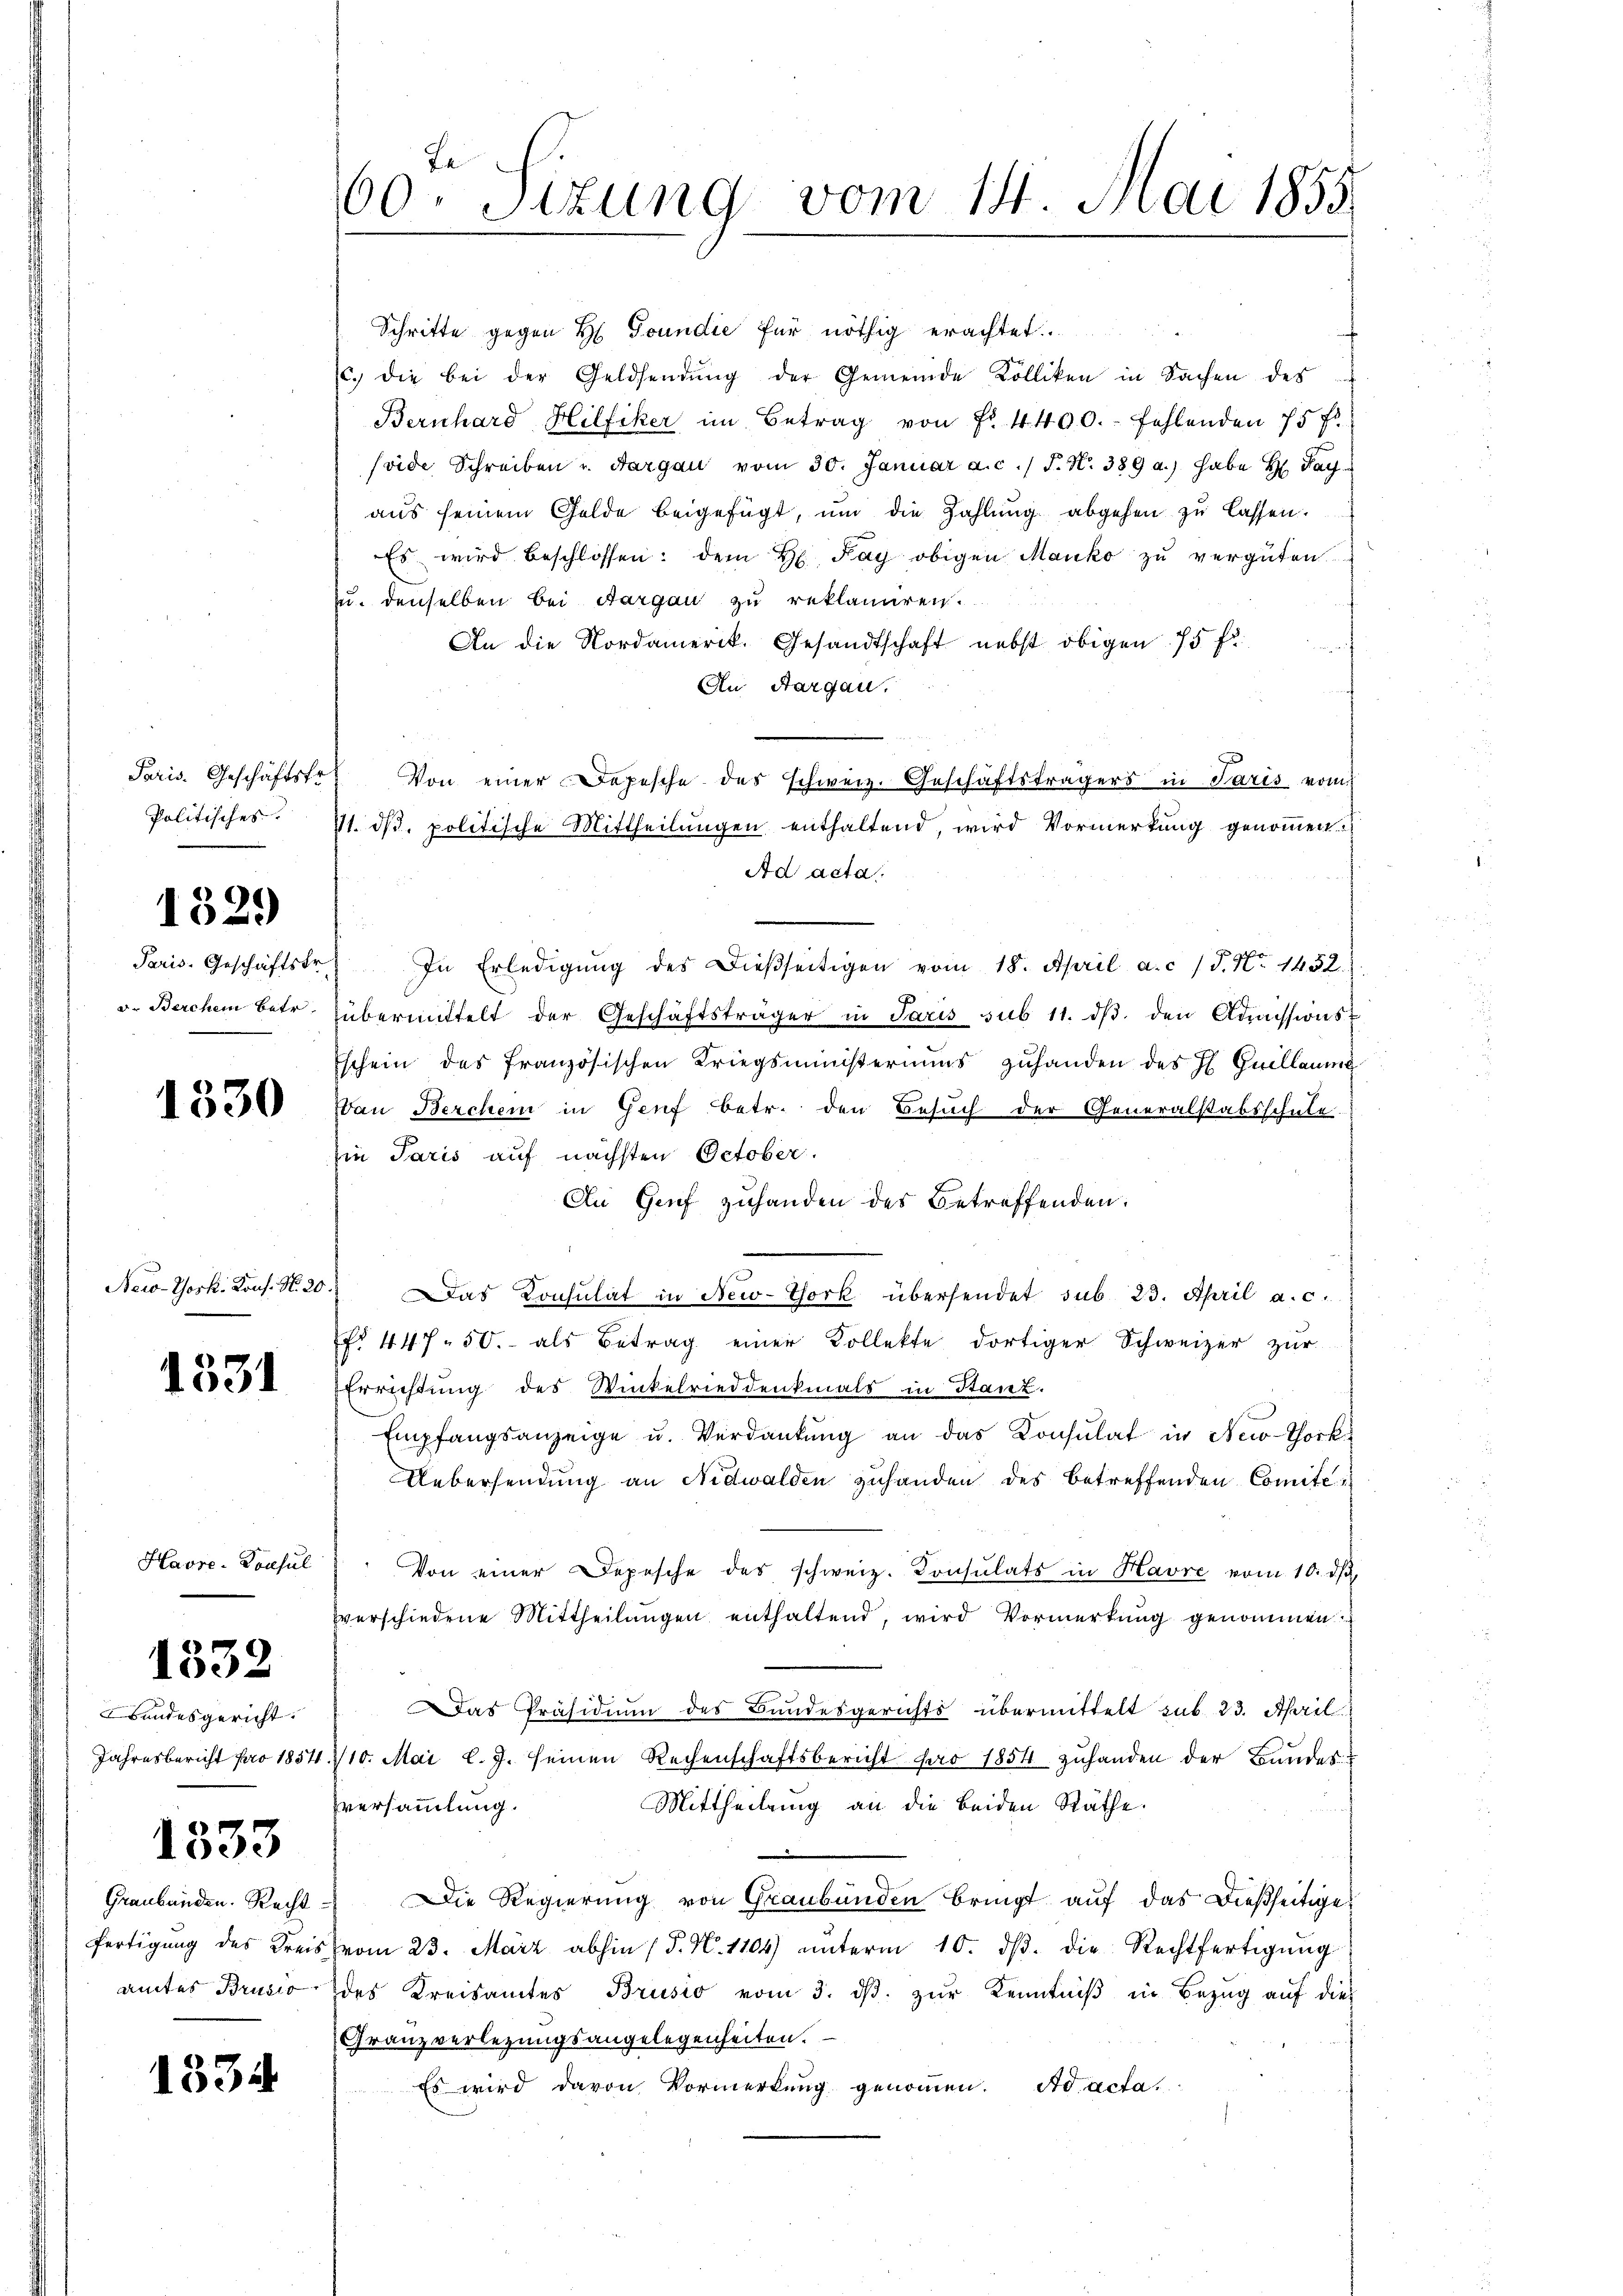
Paris. Geschäftsfr.
Politisches.

1529

Paris. Geschäftsfr.
d. Berchein Betr

1330

New-York. Kons. N. 20.

1531

Havre-Konsul

1332

Bandesgericht.
Jahresbericht pro 1854

1353

amtes Brusio

1334

Be
60. Sizung vom 14. Juni 1855

Schritte gegen H. Toundie für nöthig erachtet
c. die bei der Geldsendŭng der Gemeinde Kolliken in Sachen des
Bernhard Hilfiker im Betrag von Fr. 4400. fehlenden 75 f.
soide Schreiben u. Aargau vom 30. Januar a. c. 1 S. N. 389 a.) habe da
aus seinem Golde beigefügt, um die Zahlung abgehen zu lassen.
Es wird beschlossen: dem H. Tag obigen Manko zu vergüten
zu. denselben bei Aargau zu reklamiren.
An die Nordamerik. Gesandtschaft nebst obigen 75 f
An Aargau,
Von einer Depesche des schweiz. Geschäftsträgers in Paris vom
11. dβ. politische Mittheilungen enthaltend, wird Vormerkung genommen.
Ad acta
In Erledigŭng des dießseitigen vom 18. April a. c. / P. Nr. 1452.
übermittelt der Geschäftsträger in Paris sub 11. dβ den Aussions
schein des französischen Kriegsministeriums zuhanden des H. Guillaume
an Berchen in Genf betr. den Besuch der Generalstabsschule
in Paris auf nächsten October.
An Genf zuhanden des Betreffenden.
Das Consulat in New-York übersendet sub. 23. April a. c.
r 447. 50. als Betrag einer Kollekte dortiger Schweizer zŭr
Errichtung des Winkelrieddenkmals in Stanz.
Empfangsanzeige u. Verdankŭng an das Konsulat in New-York
Uebersendung an Nidwalden zuhanden des betreffenden Comitei
Von einer Depesche des schweiz. Consulats in Havre vom 10. dβ.
verschiedene Mittheilungen enthaltend, wird Vormerkung genommen
Das Präsidium des Bundesgerichts übermittelt sub. 23. April
110. Mai l.J. seinen Rechenschaftsbericht pro 1854 zuhanden der Bundes¬
Mittheilung an die beiden Räthe
versammlung.
Graubünden Recht. Die Regierung von Graubünden bringt auf das dießseitiges
fertigŭng des Kreis vom 23. März abhin (§. N. 1104) ŭnterm 10. dβ. die Rechtfertigŭng
des Kreisamtes Brusio vom 3. dβ zŭr Kenntniß in Bezug auf dies
Granz verlegungsangelegenheiten.
Es wird davon Vormerkung genommen. Ad acta.